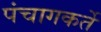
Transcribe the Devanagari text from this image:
पंचागकर्ते